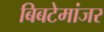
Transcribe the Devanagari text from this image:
बिबटेमांजर